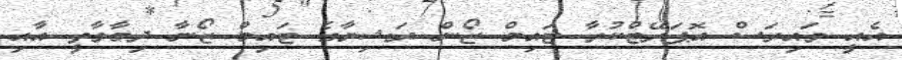
އެއީ ވައިރަސް އޮޕަރޭޓްކުރާ ޓައިމް ޒޯން ރަޝިޔާގެ ޓައިމް ޒޯނާ ދިމާވާތީ އާއި